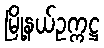
မြို့နယ်ဥက္ကဋ္ဌ